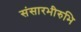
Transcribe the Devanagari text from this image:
संसारभीरुभि